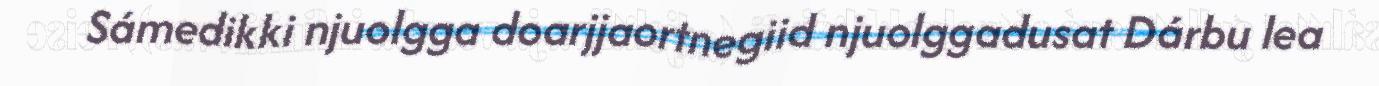
Sámedikki njuolgga doarjjaortnegiid njuolggadusat Dárbu lea